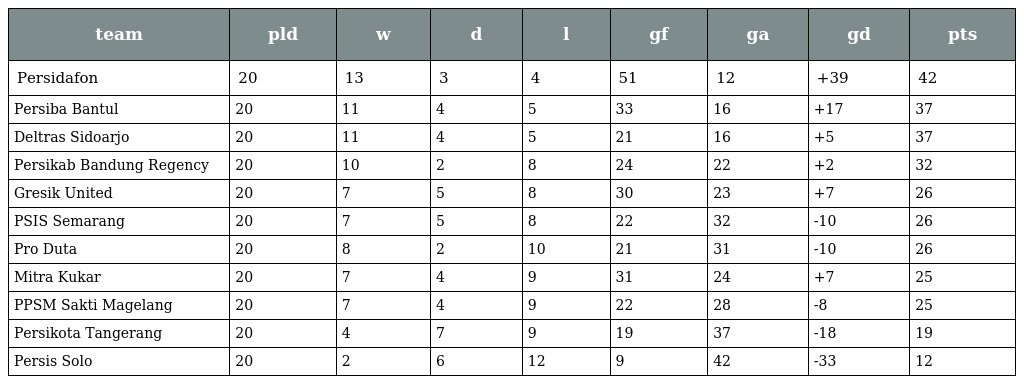
| team | pld | w | d | l | gf | ga | gd | pts |
 | --- | --- | --- | --- | --- | --- | --- | --- | --- |
 | Persidafon | 20 | 13 | 3 | 4 | 51 | 12 | +39 | 42 |
 | Persiba Bantul | 20 | 11 | 4 | 5 | 33 | 16 | +17 | 37 |
 | Deltras Sidoarjo | 20 | 11 | 4 | 5 | 21 | 16 | +5 | 37 |
 | Persikab Bandung Regency | 20 | 10 | 2 | 8 | 24 | 22 | +2 | 32 |
 | Gresik United | 20 | 7 | 5 | 8 | 30 | 23 | +7 | 26 |
 | PSIS Semarang | 20 | 7 | 5 | 8 | 22 | 32 | -10 | 26 |
 | Pro Duta | 20 | 8 | 2 | 10 | 21 | 31 | -10 | 26 |
 | Mitra Kukar | 20 | 7 | 4 | 9 | 31 | 24 | +7 | 25 |
 | PPSM Sakti Magelang | 20 | 7 | 4 | 9 | 22 | 28 | -8 | 25 |
 | Persikota Tangerang | 20 | 4 | 7 | 9 | 19 | 37 | -18 | 19 |
 | Persis Solo | 20 | 2 | 6 | 12 | 9 | 42 | -33 | 12 |